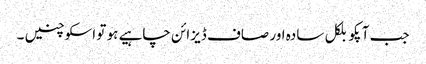
جب آپکو بلکل سادہ اور صاف ڈیزائن چاہیے ہو تو اسکو چنیں ۔